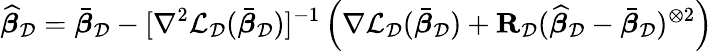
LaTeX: \widehat{{\boldsymbol\beta}}_{\mathcal{D}}=\bar{{\boldsymbol\beta}}_{\mathcal{D}}-[\nabla^{2}\mathcal{L}_{\mathcal{D}}(\bar{{\boldsymbol\beta}}_{\mathcal{D}})]^{-1}\left(\nabla\mathcal{L}_{\mathcal{D}}(\bar{{\boldsymbol\beta}}_{\mathcal{D}})+\mathbf{R}_{\mathcal{D}}(\widehat{{\boldsymbol\beta}}_{\mathcal{D}}-\bar{{\boldsymbol\beta}}_{\mathcal{D}})^{\otimes 2}\right)